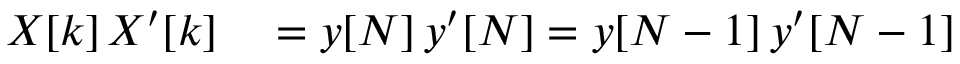
\begin{array} { r l } { X [ k ] \, X ^ { \prime } [ k ] } & { { } = y [ N ] \, y ^ { \prime } [ N ] = y [ N - 1 ] \, y ^ { \prime } [ N - 1 ] } \end{array}